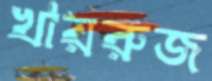
খায়রুজ